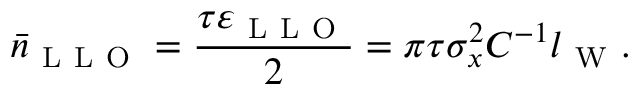
\bar { n } _ { \mathrm { ~ L ~ L ~ O ~ } } = \frac { \tau \varepsilon _ { \mathrm { ~ L ~ L ~ O ~ } } } { 2 } = \pi \tau \sigma _ { x } ^ { 2 } C ^ { - 1 } l _ { \mathrm { ~ W ~ } } .